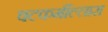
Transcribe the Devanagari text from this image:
षटकर्मील्लास